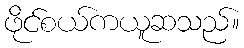
ဖိုင်စယ်ကယူဆသည်။